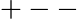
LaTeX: +--